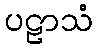
ပဠာသံ